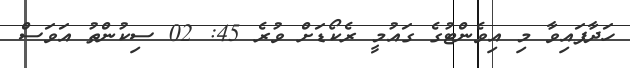
ހަދާފައިވާ މި އިވެންޓުގެ ގައުމީ ރެކޯޑަށް ވުރެ 45: 02 ސިކުންތު އަވަސް